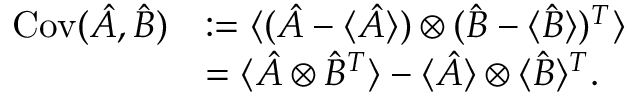
\begin{array} { r l } { \operatorname { C o v } ( \hat { A } , \hat { B } ) } & { : = \langle ( \hat { A } - \langle \hat { A } \rangle ) \otimes ( \hat { B } - \langle \hat { B } \rangle ) ^ { T } \rangle } \\ & { = \langle \hat { A } \otimes \hat { B } ^ { T } \rangle - \langle \hat { A } \rangle \otimes \langle \hat { B } \rangle ^ { T } . } \end{array}